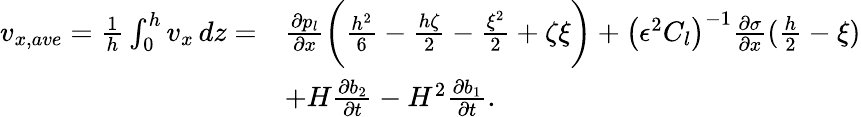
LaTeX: \begin{array}{rl}{v_{x,ave}=\frac{1}{h}\int_{0}^{h}v_{x}\, dz=}&{\frac{\partial p_{l}}{\partial x}\bigg(\frac{h^{2}}{6}-\frac{h\zeta}{2}-\frac{\xi^{2}}{2}+\zeta\xi\bigg)+\left(\epsilon^{2}C_{l}\right)^{-1}\frac{\partial\sigma}{\partial x}(\frac{h}{2}-\xi)}\\ &{+H\frac{\partial b_{2}}{\partial t}-H^{2}\frac{\partial b_{1}}{\partial t}.}\end{array}